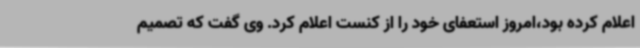
اعلام کرده بود،امروز استعفای خود را از کنست اعلام کرد. وی گفت که تصمیم